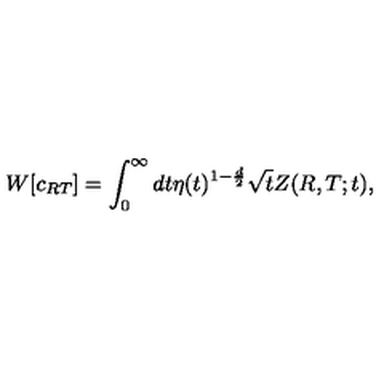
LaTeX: W [ c _ { R T } ] = \int _ { 0 } ^ { \infty } d t \eta ( t ) ^ { 1 - { \frac { d } { 2 } } } \sqrt { t } Z ( R , T ; t ) ,